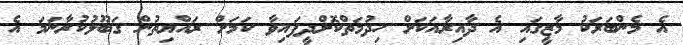
އެ މެންބަރަކު މާޒީގައި އެ ދާއިރާއަކަށް ހިދުމަތްކޮށްދީފައިވާ ކަމަށް ރައްޔިތުން ގަބޫލުކުރާނަމަ އެ